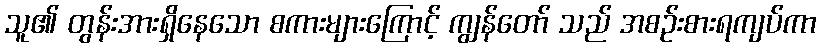
သူ၏ တွန်းအားရှိနေသော စကားများကြောင့် ကျွန်တော် သည် အစဉ်းစားရကျပ်ကာ